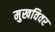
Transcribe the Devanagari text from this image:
मुखविवर